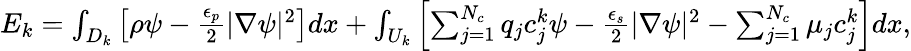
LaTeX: \begin{array}{r}{E_{k}=\int_{D_{k}}\left[\rho\psi-\frac{\epsilon_{p}}{2}|\nabla\psi|^{2}\right]dx+\int_{U_{k}}\left[\sum_{j=1}^{N_{c}}q_{j}c_{j}^{k}\psi-\frac{\epsilon_{s}}{2}|\nabla\psi|^{2}-\sum_{j=1}^{N_{c}}\mu_{j}c_{j}^{k}\right]dx,}\end{array}